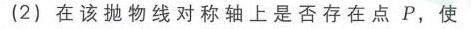
(2) 在该抛物线对称轴上是否存在点\(P\)，使